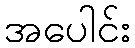
အပေါင်း